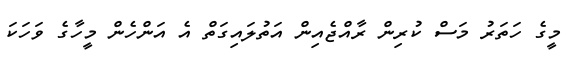
މީގެ ހަތަރު މަސް ކުރިން ރާއްޖެއިން އަތުލައިގަތް އެ އަންހެން މީހާގެ ވަހަކަ